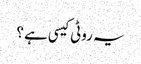
یہ روٹی کیسی ہے ؟